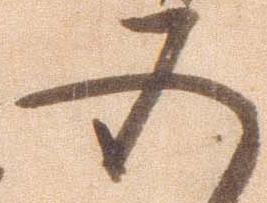
五